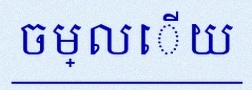
ចម្លើយ